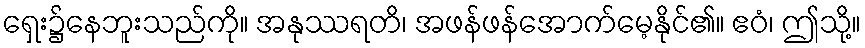
ရှေး၌နေဘူးသည်ကို။ အနုဿရတိ၊ အဖန်ဖန်အောက်မေ့နိုင်၏။ ဧဝံ၊ ဤသို့။